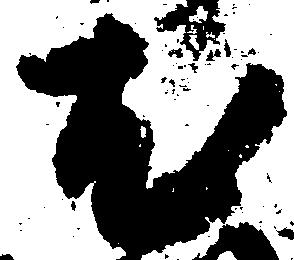
尤